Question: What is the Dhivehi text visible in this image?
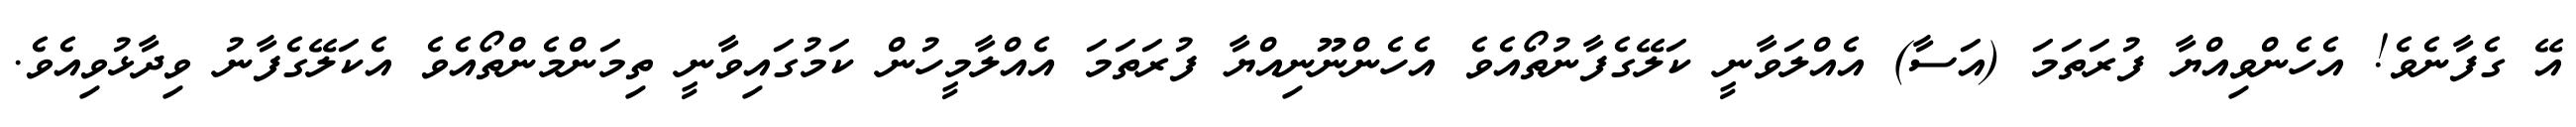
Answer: އޭ ގެފާނެވެ! އެހެންވިއްޔާ ފުރަތަމަ (އަސާ) އެއްލަވާނީ ކަލޭގެފާނުތޯއެވެ އެހެންނޫނިއްޔާ ފުރަތަމަ އެއްލާމީހުން ކަމުގައިވާނީ ތިމަންމެންތޯއެވެ އެކަލޭގެފާނު ވިދާޅުވިއެވެ.